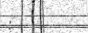
: